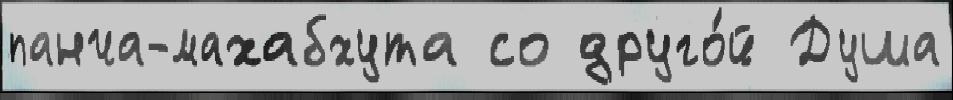
панча-махабхута со друго́й Душа